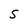
Character: S